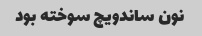
نون ساندویچ سوخته بود